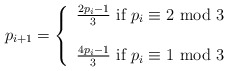
\begin{align*} p_{i+1} = \left \{ \begin{array}{l}\frac{2p_i-1}{3} \mbox{ if } p_i \equiv 2 \mbox{ mod } 3 \\ \\\frac{4p_i-1}{3} \mbox{ if } p_i \equiv 1 \mbox{ mod } 3 \end{array}\right .\end{align*}